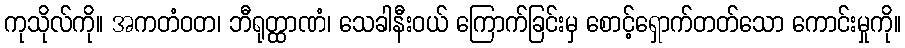
ကုသိုလ်ကို။ အကတံဝတ၊ ဘီရုတ္ထာဏံ၊ သေခါနီးဝယ် ကြောက်ခြင်းမှ စောင့်ရှောက်တတ်သော ကောင်းမှုကို။